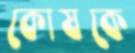
কোষকে